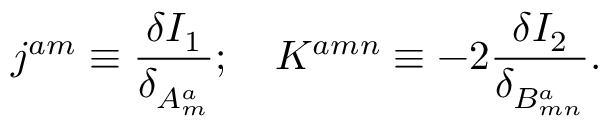
j ^ { a m } \equiv \frac { \delta I _ { 1 } } { \delta _ { A _ { m } ^ { a } } } ; \quad K ^ { a m n } \equiv - 2 \frac { \delta I _ { 2 } } { \delta _ { B _ { m n } ^ { a } } } .